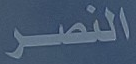
النصر